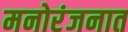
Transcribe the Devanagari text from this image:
मनोरंजनात